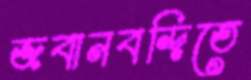
জবানবন্দিতে